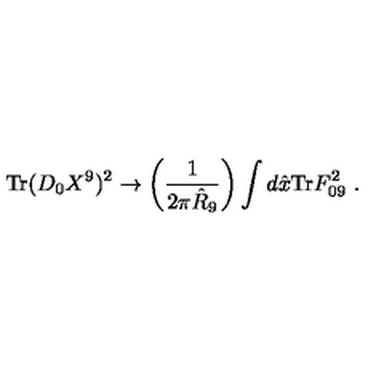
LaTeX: \mathrm { T r } ( D _ { 0 } X ^ { 9 } ) ^ { 2 } \rightarrow \left( \frac { 1 } { 2 \pi \hat { R } _ { 9 } } \right) \int d \hat { x } \mathrm { T r } F _ { 0 9 } ^ { 2 } \ .